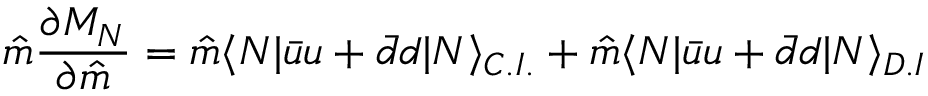
\hat { m } \frac { \partial M _ { N } } { \partial \hat { m } } = \hat { m } \langle N | \bar { u } u + \bar { d } d | N \rangle _ { C . I . } + \hat { m } \langle N | \bar { u } u + \bar { d } d | N \rangle _ { D . I }